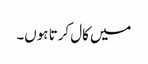
میں کال کرتا ہوں۔